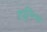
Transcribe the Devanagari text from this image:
ट्युनिंग्स